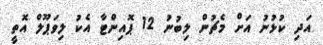
އަދި ކުޅުނު އަށް މެޗުން ލިބުނު 12 ޕޮއިންޓާ އެކު ލިވަޕޫލް އޮތީ